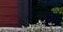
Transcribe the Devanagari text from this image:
टिळे